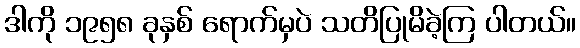
ဒါကို ၁၉၅၈ ခုနှစ် ရောက်မှပဲ သတိပြုမိခဲ့ကြ ပါတယ်။